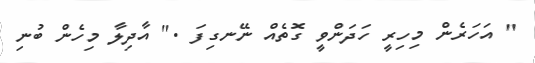
" އަހަރެން މިހިރީ ހަދަންވީ ގޮތެއް ނޭނގިފަ ." އާދިލާ މިހެން ބުނި